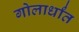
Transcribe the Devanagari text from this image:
गोलार्धांत